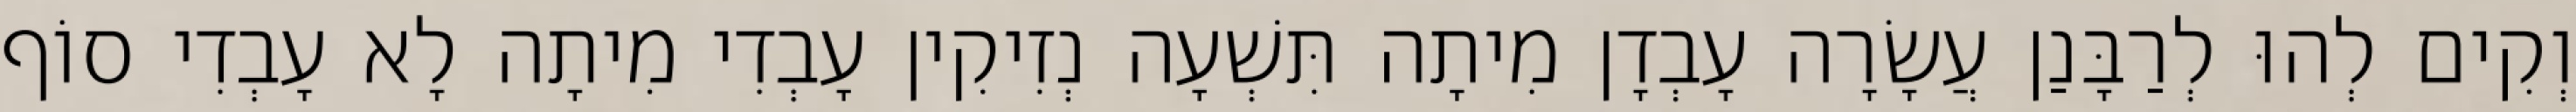
וְקִים לְהוּ לְרַבָּנַן עֲשָׂרָה עָבְדָן מִיתָה תִּשְׁעָה נְזִיקִין עָבְדִי מִיתָה לָא עָבְדִי סוֹף